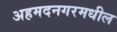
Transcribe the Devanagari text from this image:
अहमदनगरमधील